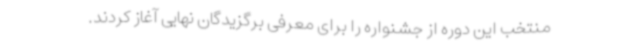
منتخب این دوره از جشنواره را برای معرفی برگزیدگان نهایی آغاز کردند.